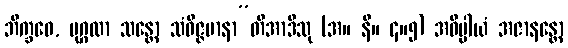
ဘိက္ခဝေ, ပုဂ္ဂလာ သန္တော သံဝိဇ္ဇမာနာ”တိအာဒီသု (အ။ နိ။ ၄။၅) အဓိပ္ပါယံ အဇာနန္တော